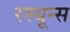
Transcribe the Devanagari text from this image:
रस्थून्स